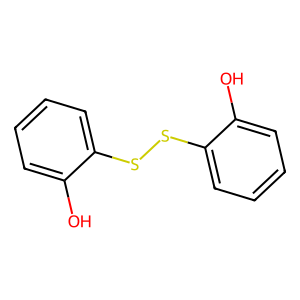
SMILES: Oc1ccccc1SSc1ccccc1O
Inhibits HIV replication: No